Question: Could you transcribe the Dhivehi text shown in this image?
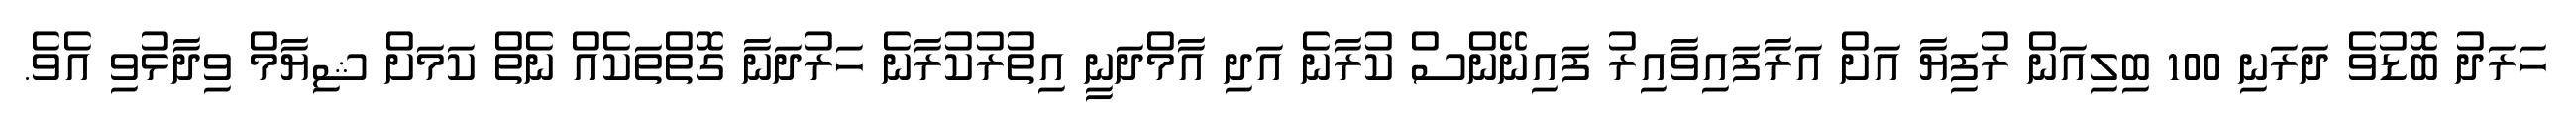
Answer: ހަރަދު ބޮޑުވެ ދަރަނި 100 ބިލިއަން ރުފިޔާ އަށް އަރާފައިވާއިރު ފައިނޭންސް ކުރާނެ އަދި އާމްދަނީ އިތުރުކުރާނެ ހަރުދަނާ ގޮތްތަކެއް ނެތް ކަމަށް ޝިޔާމް ވިދާޅުވި އެވެ.